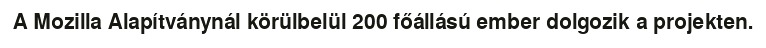
A Mozilla Alapítványnál körülbelül 200 főállású ember dolgozik a projekten.